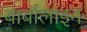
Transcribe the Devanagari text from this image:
बार्बालाइन